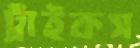
ট্রাইকস